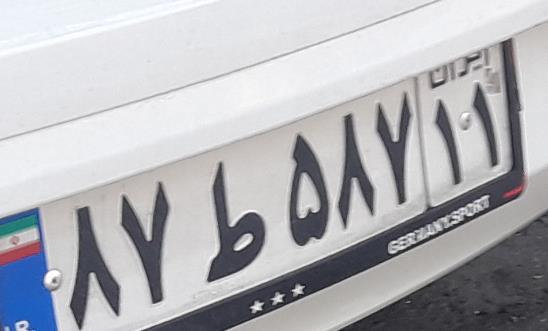
۸۷ط۵۸۷۱۱